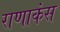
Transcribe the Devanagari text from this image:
राणाकंस